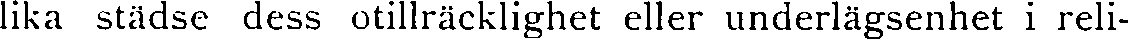
lika städse dess otillräcklighet eller underlägsenhet i reli-